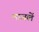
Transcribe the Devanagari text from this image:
माजलें